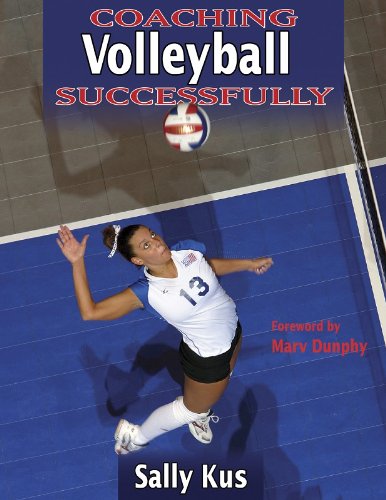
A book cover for Coaching Volleyball Successfully (Coaching Successfully Series); Sally Kus; Sports & Outdoors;